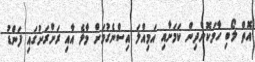
އޮތް ލޯބި ހާމަކޮށްދިން ކަމަށާއި އަމިއްލަ އިސްނެގުމަށް މާލެ އާއި ރަށްރަށުގައި ފަންޑު